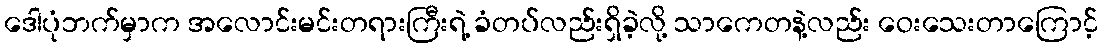
ဒေါပုံဘက်မှာက အလောင်းမင်းတရားကြီးရဲ့ ခံတပ်လည်းရှိခဲ့လို့ သာကေတနဲ့လည်း ဝေးသေးတာကြောင့်